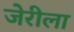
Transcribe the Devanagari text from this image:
जेरीला